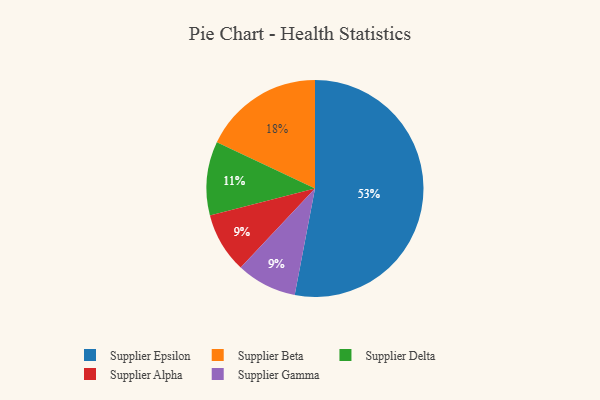
{"axis": {"x": "Category", "y": "Percentage"}, "legend": ["Supplier Alpha", "Supplier Beta", "Supplier Delta", "Supplier Epsilon", "Supplier Gamma"], "data": [{"x": "Supplier Beta", "y": 18, "type": "Supplier Beta"}, {"x": "Supplier Delta", "y": 11, "type": "Supplier Delta"}, {"x": "Supplier Epsilon", "y": 53, "type": "Supplier Epsilon"}, {"x": "Supplier Alpha", "y": 9, "type": "Supplier Alpha"}, {"x": "Supplier Gamma", "y": 9, "type": "Supplier Gamma"}]}